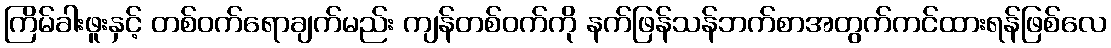
ကြိမ်ခါးဖူးနှင့် တစ်ဝက်ရောချက်မည်း ကျန်တစ်ဝက်ကို နက်ဖြန်သန်ဘက်စာအတွက်ကင်ထားရန်ဖြစ်လေ